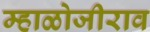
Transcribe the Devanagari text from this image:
म्हाळोजीराव